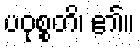
ပဝုစ္စတိ၊ ၏။